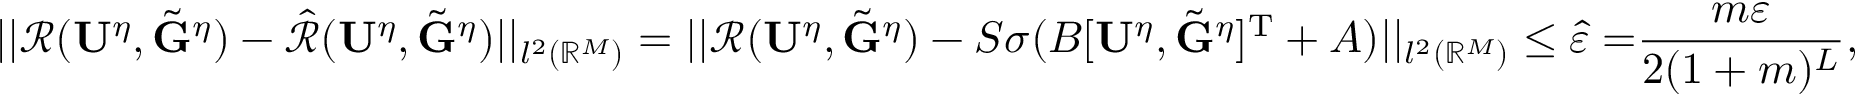
| | \mathcal { R } ( \mathbf { U } ^ { \eta } , \tilde { \mathbf { G } } ^ { \eta } ) - \hat { \mathcal { R } } ( \mathbf { U } ^ { \eta } , \tilde { \mathbf { G } } ^ { \eta } ) | | _ { l ^ { 2 } ( \mathbb { R } ^ { M } ) } = | | \mathcal { R } ( \mathbf { U } ^ { \eta } , \tilde { \mathbf { G } } ^ { \eta } ) - S \sigma ( B [ \mathbf { U } ^ { \eta } , \tilde { \mathbf { G } } ^ { \eta } ] ^ { \mathrm { T } } + A ) | | _ { l ^ { 2 } ( \mathbb { R } ^ { M } ) } \leq { \hat { \varepsilon } = } \frac { m \varepsilon } { 2 ( 1 + m ) ^ { L } } ,